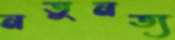
নতুনত্য